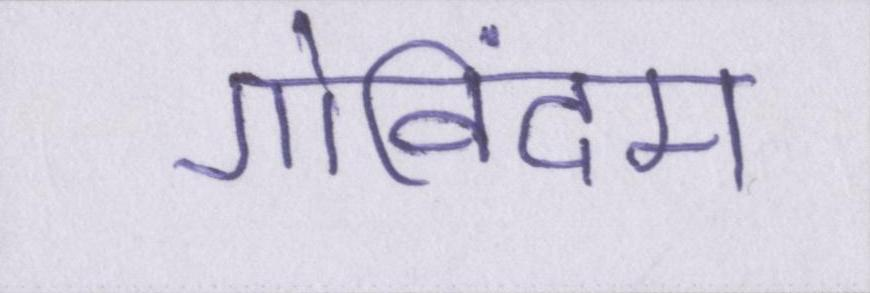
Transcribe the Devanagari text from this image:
गोविंदम